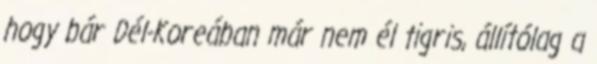
hogy bár Dél-Koreában már nem él tigris, állítólag a